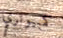
كمبيوتري